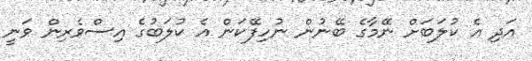
އަދި އެ ކުލަބަށް ނޭމާގެ ބޭނުން ނުހިފޭކަން އެ ކުލަބުގެ އިސްވެރިން ވަނީ